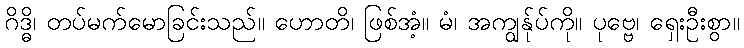
ဂိဒ္ဓိ၊ တပ်မက်မောခြင်းသည်။ ဟောတိ၊ ဖြစ်အံ့။ မံ၊ အကျွန်ုပ်ကို။ ပုဗ္ဗေ၊ ရှေးဦးစွာ။